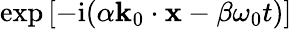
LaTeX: \exp{[-\mathrm{i}(\alpha\mathbf{k}_{0}\cdot\mathbf{x}-\beta\omega_{0}t)]}